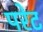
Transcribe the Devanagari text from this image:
परेट